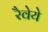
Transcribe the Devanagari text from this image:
रैवेये